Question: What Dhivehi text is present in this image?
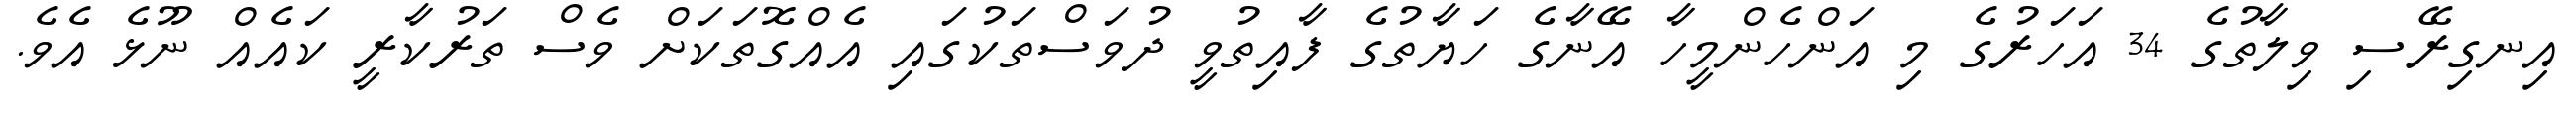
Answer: އިނގިރޭސި ވިލާތުގެ 34 އަހަރުގެ މި އަންހެންމީހާ އޭނާގެ ހަޔާތުގެ ފާއިތުވީ ދުވަސްތަކުގައި އެއްގޮތަކަށް ވެސް ތަރުކާރީ ކައެއް ނޫޅެ އެވެ.